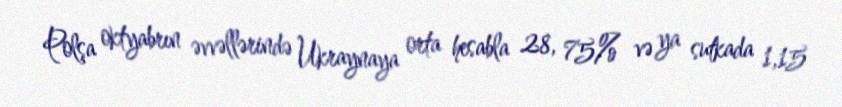
Polşa oktyabrın əvvəllərində Ukraynaya orta hesabla 28, 75% və ya sutkada 1,15